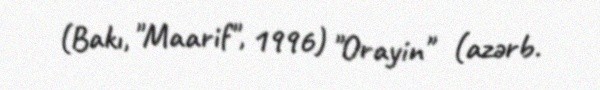
(Bakı, "Maarif", 1996) "Orayin" (azərb.